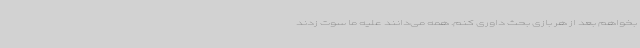
بخواهم بعد از هر بازی بحث داوری کنم. همه می‌دانند علیه ما سوت زدند